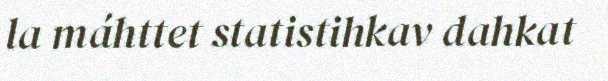
la máhttet statistihkav dahkat